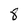
Character: 8